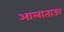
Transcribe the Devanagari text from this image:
आलाताऊ